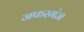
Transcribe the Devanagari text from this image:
जफरगंज